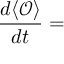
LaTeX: \frac { d \langle { \mathcal O } \rangle } { d t } =